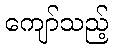
ကျော်သည့်